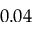
0 . 0 4